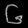
Digit: ၆